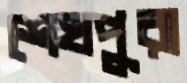
শেখপুরা